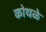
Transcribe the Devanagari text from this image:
कोथळे